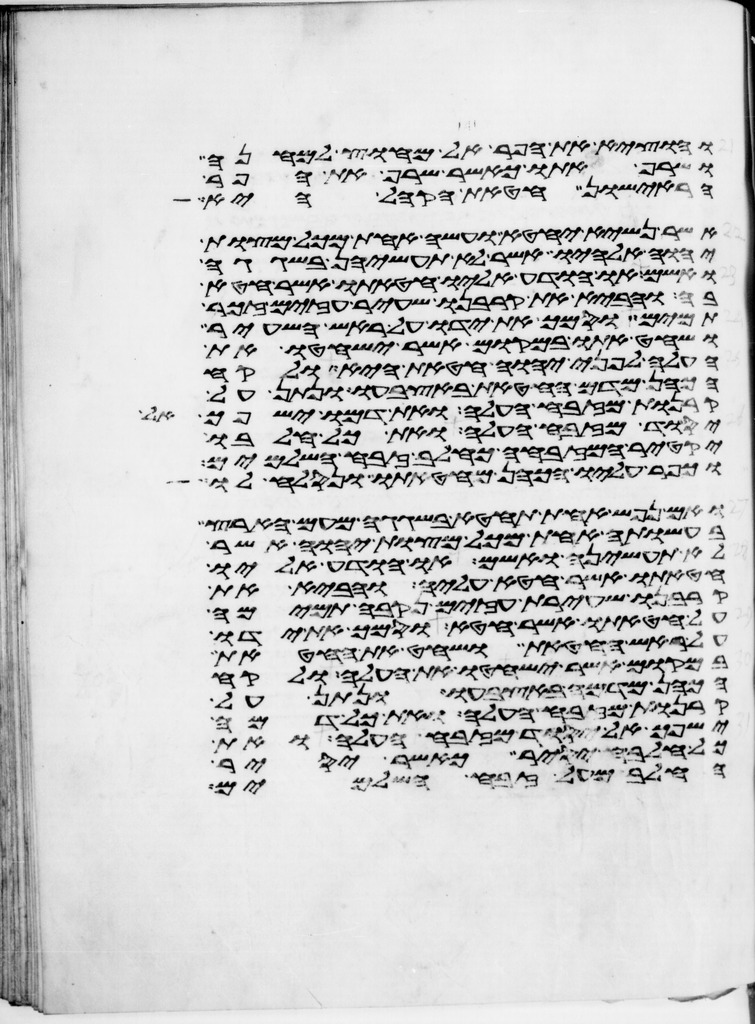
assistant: והוציא את הפר אל מחוץ למחנה
ושרף אתו כאשר שרף את הפר
הראישון חטאת הקהל היא
אשר נשיא יחטא ועשה אחת מכל מצות
יהוה אלהיו אשר לא תעשיהן בשגגה
ואשם או הודע אליו חטאתו אשר חטא
בה והביא את קרבנו שעיר עזים זכר
תמים וסמך את ידו על ראש השעיר
ושחט אתו במקום אשר ישחטו את
העלה לפני יהוה חטאת היא ולקח
הכהן מדם החטאת באצבעו ונתן על
קרנות מזבח העלה ואת דמו ישפך אל
יסוד מזבח העלה ואת כל חלבו
יקטיר המזבחה כחלב זבח השלמים
וכפר עליו הכהן מחטאתו ונסלח לו
ואם נפש אחת תחטא בשגגה מעם הארץ
בעשותה אחת מכל מצות יהוה אשר
לא תעשיהן ואשם או הודע אליו
חטאתו אשר חטא עליה והביא את
קרבנו שעירת עזים נקבה תמימה
על חטאתו אשר חטא וסמך את ידו
על ראש החטאת ושחט את החטאת
במקום אשר ישחטו את העלה ולקח
הכהן מדמה באצבעו ונתן על
קרנות מזבח העלה ואת כל דמה
ישפך אל יסוד מזבח העלה ואת
כל חלבה יסיר כאשר יסיר
החלב מעל זבח השלמים